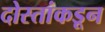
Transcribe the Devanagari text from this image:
दोस्तांकडून